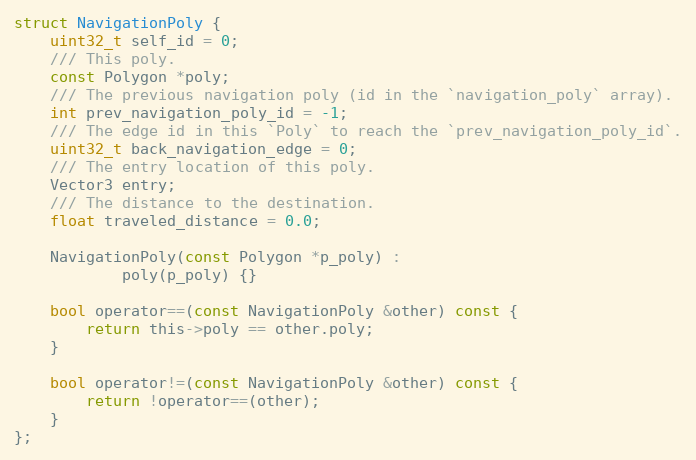
Language: C
struct NavigationPoly {
	uint32_t self_id = 0;
	/// This poly.
	const Polygon *poly;
	/// The previous navigation poly (id in the `navigation_poly` array).
	int prev_navigation_poly_id = -1;
	/// The edge id in this `Poly` to reach the `prev_navigation_poly_id`.
	uint32_t back_navigation_edge = 0;
	/// The entry location of this poly.
	Vector3 entry;
	/// The distance to the destination.
	float traveled_distance = 0.0;

	NavigationPoly(const Polygon *p_poly) :
			poly(p_poly) {}

	bool operator==(const NavigationPoly &other) const {
		return this->poly == other.poly;
	}

	bool operator!=(const NavigationPoly &other) const {
		return !operator==(other);
	}
};